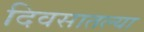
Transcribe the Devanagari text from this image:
दिवसातल्या